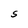
Character: S